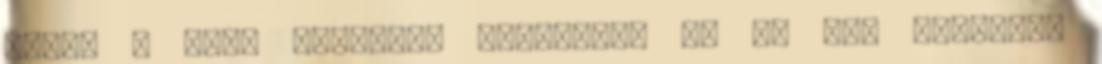
akkor a bábu valahogy meghajolt és én úgy hagytam,